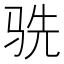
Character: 𬳽